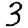
Digit: 3